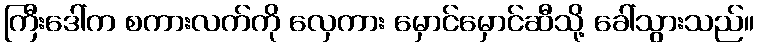
ကြီးဒေါ်က စကားလက်ကို လှေကား မှောင်မှောင်ဆီသို့ ခေါ်သွားသည်။